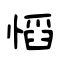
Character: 慆